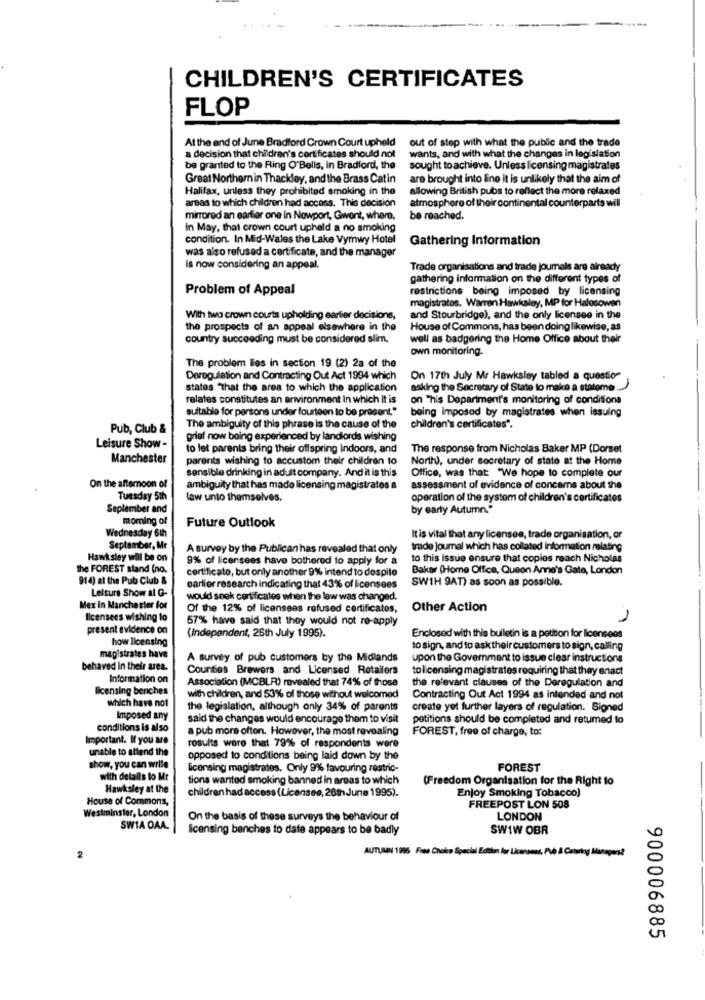
CHILDREN'S CERTIFICATES
FLOP
At the end of June Bradford Crown Court upheld
out of step with what the public and the trade
a decision that children's certificates should not
wants, and with what the changes in legislation
be granted to the Ring O'Bells, in Bradford, the
sought to achieve. Unless licensing magistrates
Great Northernin Thackley, and the Brass Catin
are brought into line it is unlikely that the aim of
Halifax, unless they prohibited smoking in the
allowing British pubs to reflect the more relaxed
atmosphere of their continental counterparts will
areas to which children had access. This decision
mirrored an earlier one in Newport, Gwont, where.
be reached.
in May, that crown court upheld a no smoking
condition. In Mid-Wales the Lake Vymwy Hotel
Gathering Information
was also refused a certificate, and the manager
Is now considering an appeal.
Trade organisations and trade joumals are already
gathering information on the different types of
Problem of Appeal
restrictions being imposed by licensing
magistratos. Warren Hawksley, MP for Halosowen
With two crown courts upholding earlier decisions,
and Stourbridge), and the only licensee in the
the prospects of an appeal elsewhere in the
House of Commons, has been doing likewise, as
country succeeding must be considered slim.
well as badgering the Home Office about their
own monitoring.
The problem lies in section 19 (2) 2a of the
Deregulation and Contracting Out Act 1994 which
On 17th July Mr Hawksley tabled a question
states "that the area to which the application
asking the Secretary of State to make a stateme ...
relates constitutes an environment In which it is
on "his Department's monitoring of conditions
suitable for persons under fourteen to be present."
being Imposed by magistrates when issuing
Pub, Club &
The ambiguity of this phrase is the cause of the
children's certificates".
grief now being experienced by landlords wishing
Leisure Show -
to let parents bring their offspring indoors, and
The response from Nicholas Baker MP (Dorset
Manchester
parents wishing to accustom their children to
North), under secretary of state at the Home
sensible drinking in adult company. And it is this
Office, was that: "We hope to complete our
On the afternoon of
ambiguity that has mado licensing magistrates a
assessment of evidence of concerns about the
Tuesday 5th
law unto themselves.
operation of the system of children's certificates
Seplember and
by early Autumn."
moming of
Future Outlook
Wednesday 6th
Itis vital that any licensee, trade organisation, or
September, Mr
A survey by the Publican has revealed that only
trade journal which has collated information relating
Hawk sley will be on
9% of licensees have bothered to apply for a
to this issue ensure that copies reach Nicholas
the FOREST stand (no.
certificato, but only another 9% intend to despite
Baker (Home Office, Queon Anne's Gate, London
914) at the Pub Club &
SWIH 9AT) as soon as possible.
Leisure Show al G-
earlier research indicating that 43% of Ecensees
would seek certificates when the law was changed.
Mex in Manchester for
Of the 12% of licenseas refused certificates,
Other Action
licensees wishing to
57% have said that they would not re-apply
present evidence on
how licensing
(Independent, 26th July 1995).
Enclosed with this bulletin is a petition for licensees
to sign, and to ask their customers to sign, calling
magistrates have
A survey of pub customers by the Midlands
upon the Government to issue clear instructions
behaved In their area.
Counties Brewers and Licensed Retailers
to licensing magistrates requiring that they enact
Information on
Association (MCBLR) revealed that 74% of those
the relevant clauses of the Deregulation and
licensing benches
with children, and 53% of those without welcomed
Contracting Out Act 1994 as intended and not
which have not
the legislation, although only 34% of parents
create yet further layers of regulation. Signed
Imposed any
said the changes would encourage them to visit
petitions should be completed and retumed to
conditions is also
a pub more often. However, the most revealing
FOREST, free of charge, to:
Important. If you are
results were that 79% of respondents were
unable to attend the
opposed to conditions being laid down by the
show, you can write
licensing magistrates. Only 9% favouring restric-
FOREST
with details to Mr
tions wanted smoking banned in areas to which
(Freedom Organisation for the Right to
Hawksley at the
children had access (Licensee, 26th June 1995).
Enjoy Smoking Tobacco)
House of Commons,
Westminster, London
FREEPOST LON 508
On the basis of these surveys the behaviour of
LONDON
SWIA OAA.
licensing benches to date appears to be badly
SWIW OBR
AUTUMN 1996 Free Choice Special Edition for Licensess, Pub & Ca
2
900006885